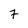
Character: 7